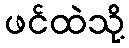
ဖင်ထဲသို့